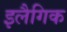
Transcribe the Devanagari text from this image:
इलैगिक